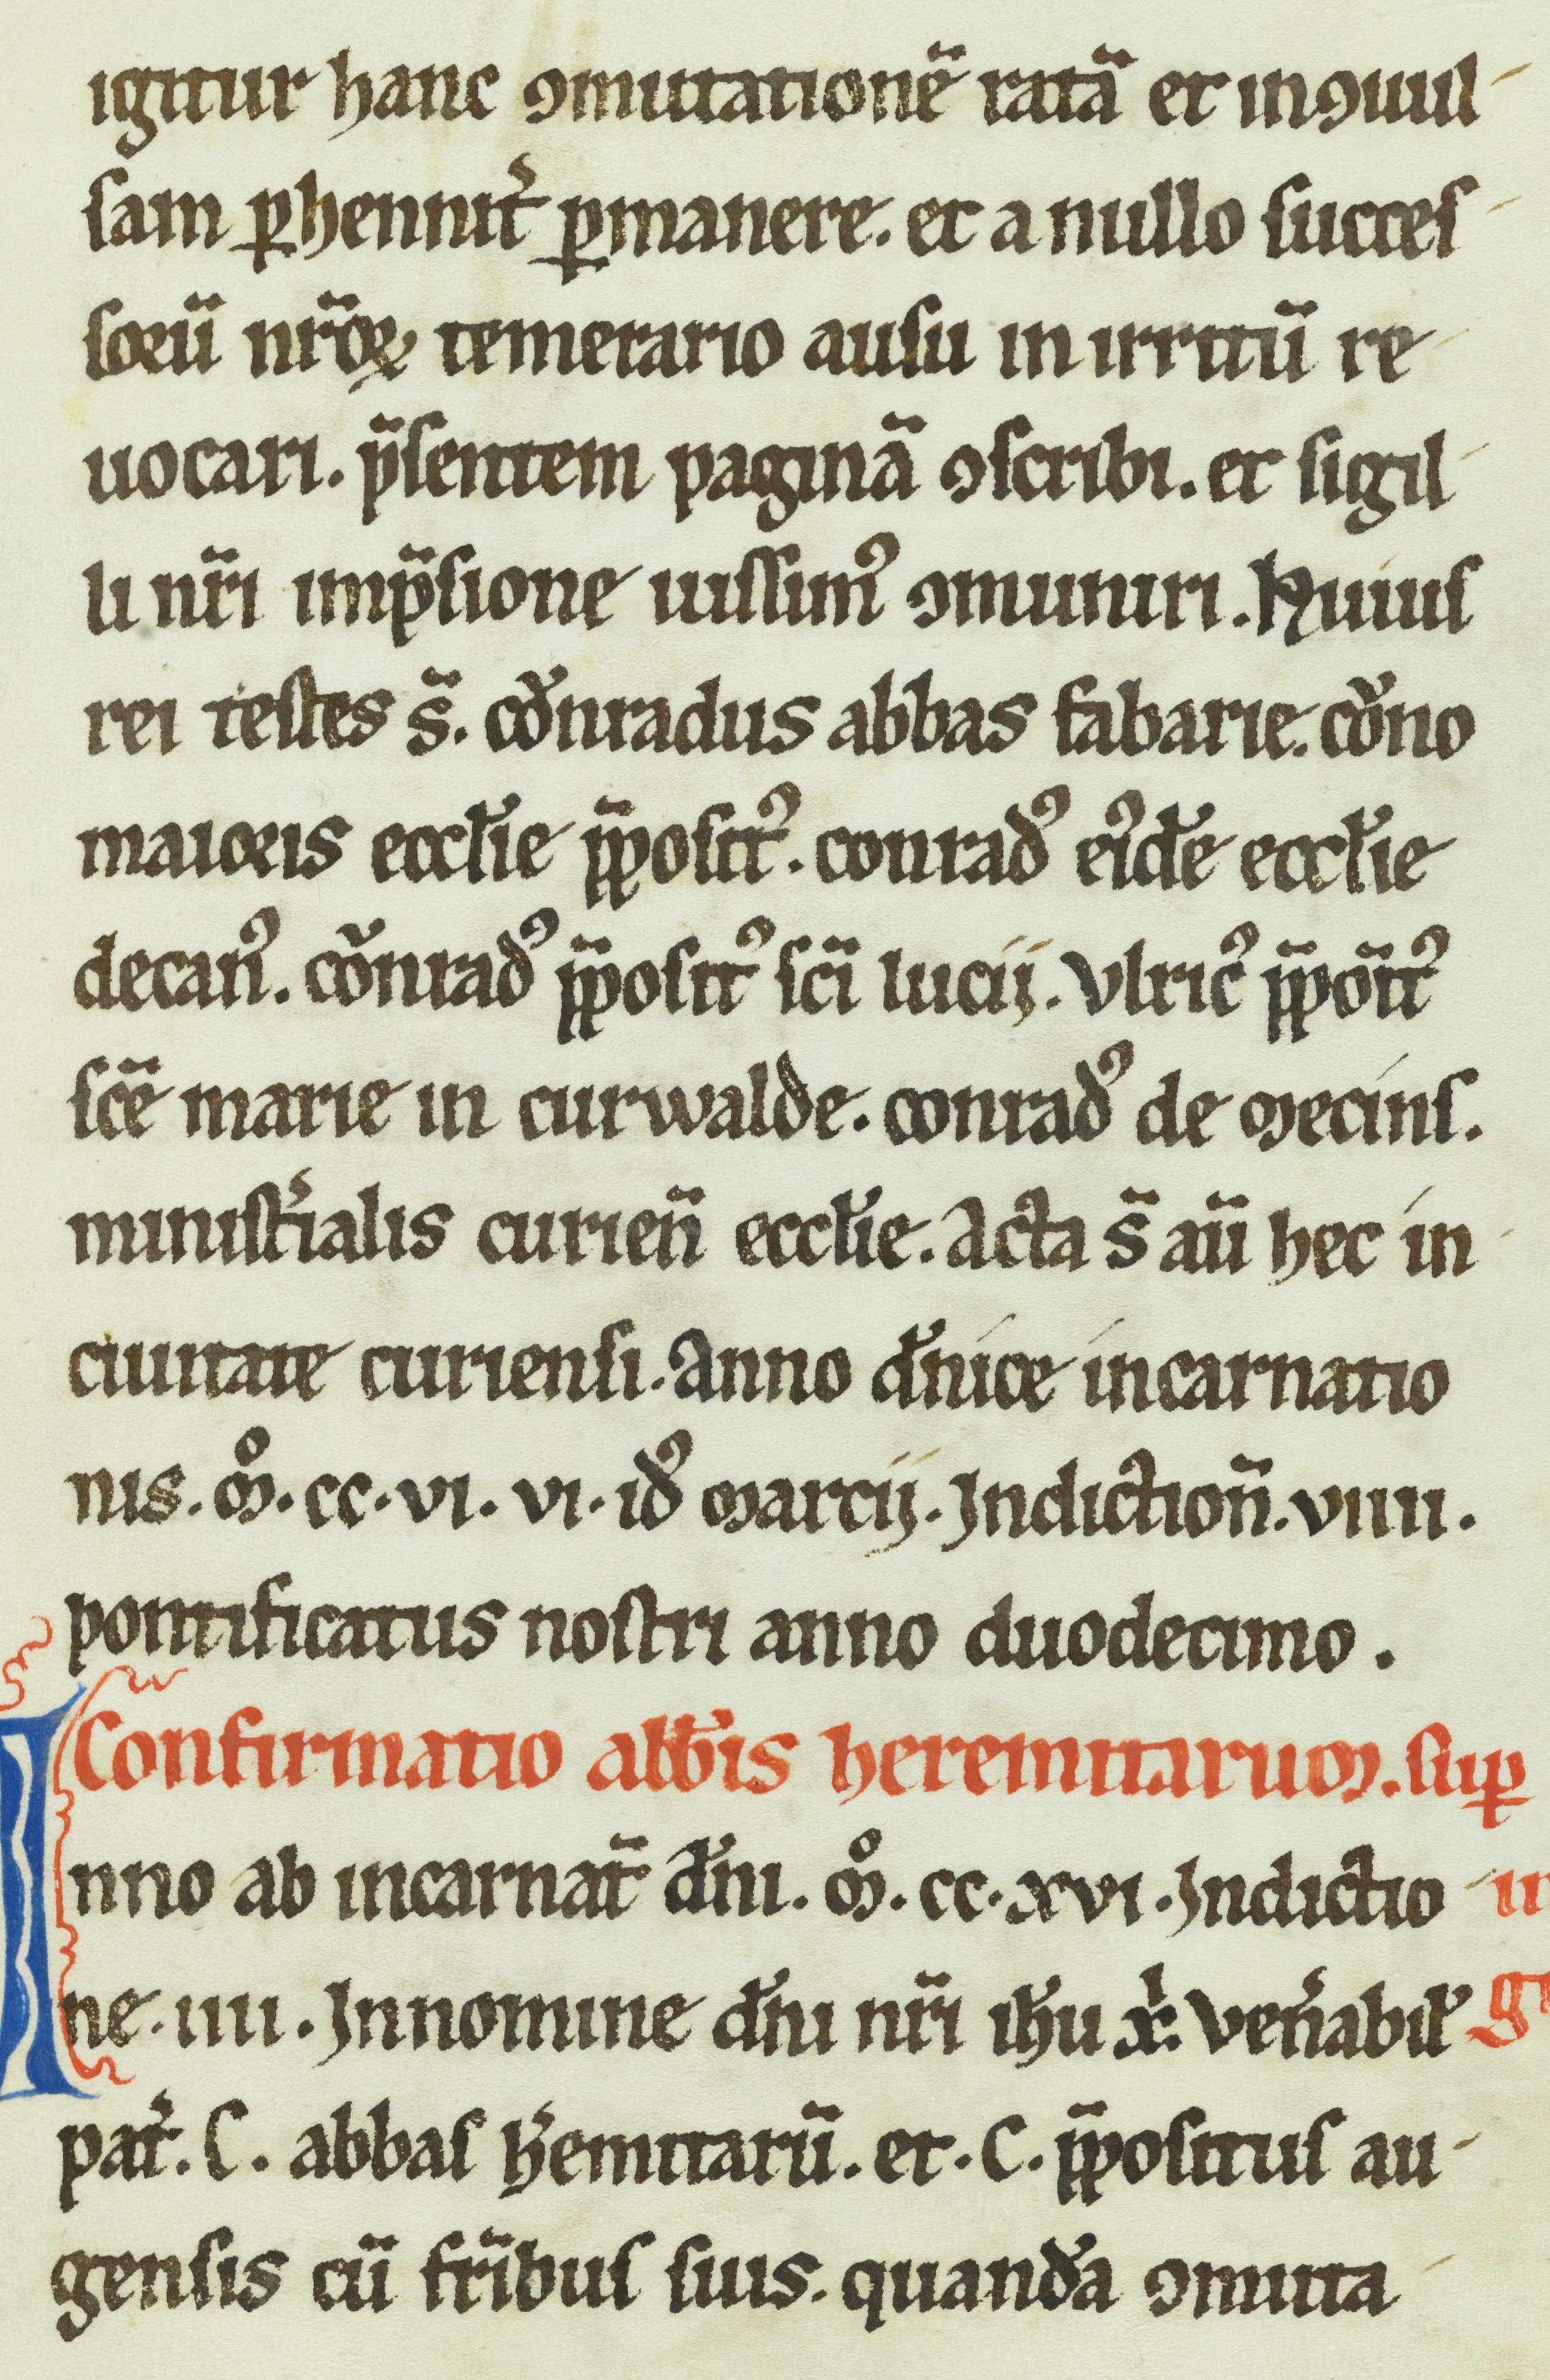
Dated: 1200–1399